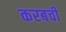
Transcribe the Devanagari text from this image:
करबची